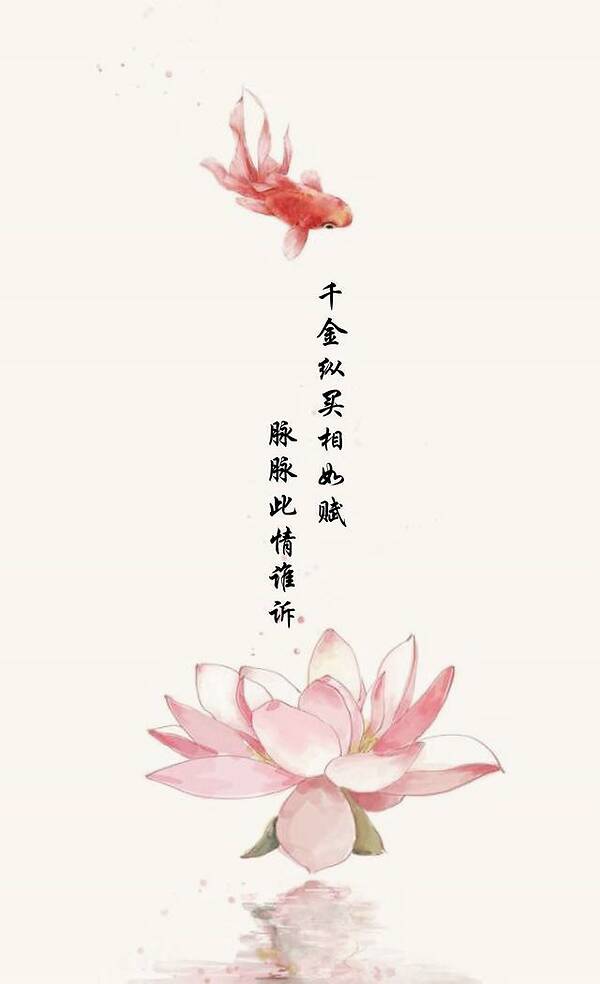
千金纵买相如赋，脉脉此情谁诉。